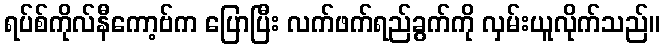
ရပ်စ်ကိုလ်နီကော့ဗ်က ပြောပြီး လက်ဖက်ရည်ခွက်ကို လှမ်းယူလိုက်သည်။